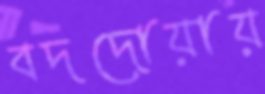
বদদোয়ায়